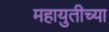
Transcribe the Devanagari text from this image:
महायुतीच्या